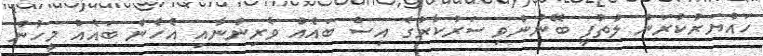
ހައްޔަރުކުރަން ލުތުފީ ބޭނުންވި ސަރުކާރުގެ އިސް ބައެއް ވެރިންނާއި އެހެން ބައެއް މީހުން